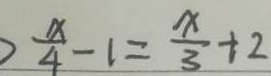
\frac { x } { 4 } - 1 = \frac { x } { 3 } + 2